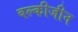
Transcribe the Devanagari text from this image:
बल्कीजीन